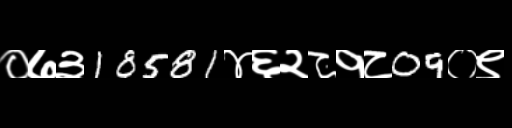
Text: ०७३18581४६२८१८09०९